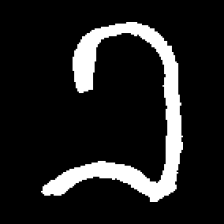
Pyu character \u2014 Myanmar letter: ခ (romanized: kha)